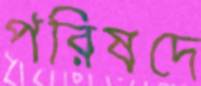
পরিষদে